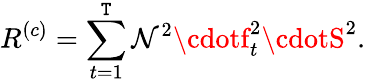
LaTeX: R^{(c)}=\sum_{t=1}^{\mathtt{T}}\mathcal{N}^{2}\cdotf_{t}^{2}\cdotS^{2}.